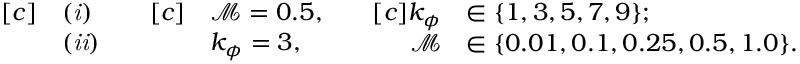
\begin{array} { r l } { [ c ] } & { \mathit { ( i ) } } \\ & { \mathit { ( i i ) } } \end{array} \quad \begin{array} { r l } { [ c ] } & { \mathcal { M } = 0 . 5 , } \\ & { k _ { \phi } = 3 , } \end{array} \quad \begin{array} { r l } { [ c ] k _ { \phi } } & { \in \{ 1 , 3 , 5 , 7 , 9 \} ; } \\ { \mathcal { M } } & { \in \{ 0 . 0 1 , 0 . 1 , 0 . 2 5 , 0 . 5 , 1 . 0 \} . } \end{array}